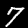
Label: 7